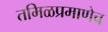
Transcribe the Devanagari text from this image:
तमिळप्रमाणेच